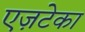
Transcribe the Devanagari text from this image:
एज़टेका